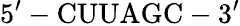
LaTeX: \mathrm{5^{\prime}-CUUAGC-3^{\prime}}